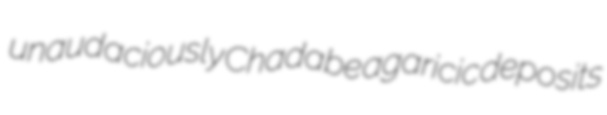
unaudaciously Chadabe agaricic deposits